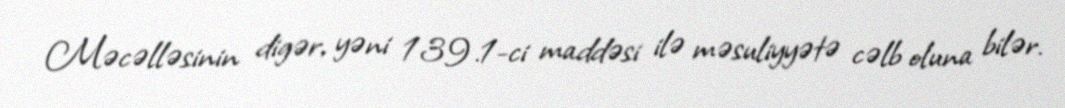
Məcəlləsinin digər, yəni 139.1-ci maddəsi ilə məsuliyyətə cəlb oluna bilər.